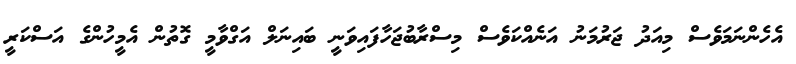
އެހެންނަމަވެސް މިއަދު ޖަރުމަނު އަނެއްކަވެސް މިސްރާބުޖަހާފައިވަނީ ބައިނަލް އަގްވާމީ ގޮތުން އެމީހުންގެ އަސްކަރީ